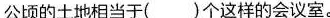
公顷的土地相当于()个这样的会议室。